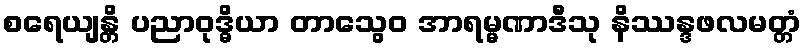
စရေယျန္တိ ပညာဝုဒ္ဓိယာ တာသွေဝ အာရမ္မဏာဒီသု နိဿန္ဒဖလမတ္တံ